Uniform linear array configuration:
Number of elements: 16
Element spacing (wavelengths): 1
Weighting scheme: hamming
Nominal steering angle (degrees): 45
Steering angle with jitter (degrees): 44.366
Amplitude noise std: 0.05
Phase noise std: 0.05

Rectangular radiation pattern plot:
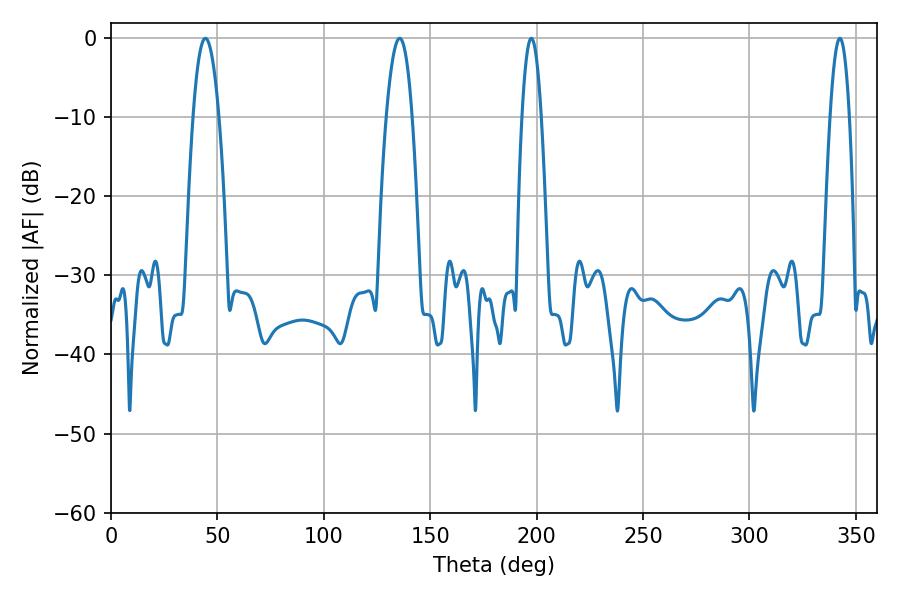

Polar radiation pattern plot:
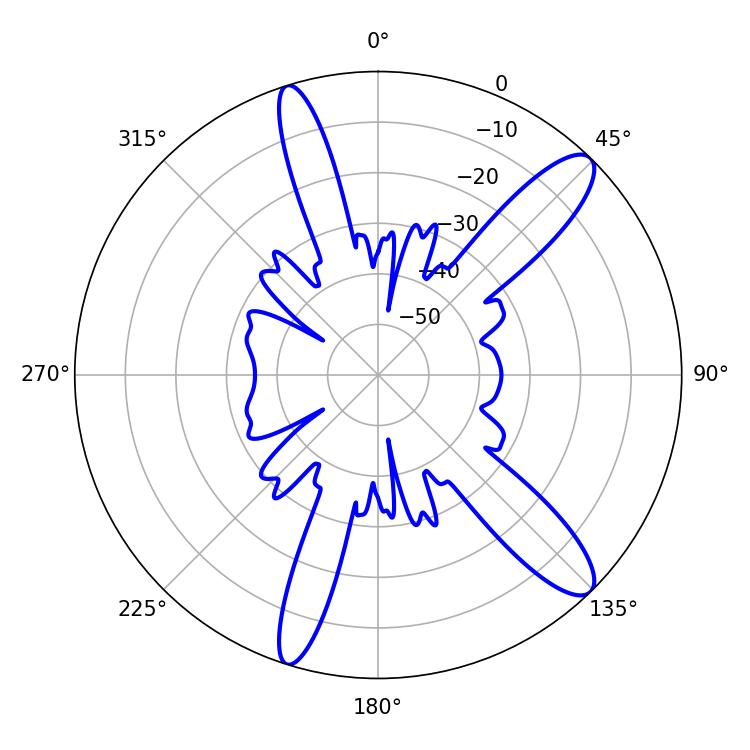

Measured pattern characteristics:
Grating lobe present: TRUE
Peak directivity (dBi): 12.245
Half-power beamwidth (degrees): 4.86
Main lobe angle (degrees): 197.46